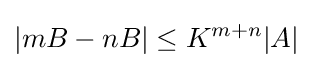
|mB-nB|\leq K^{m+n}|A|